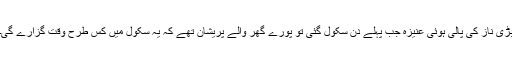
بڑی ناز کی پالی ہوئی عنیزہ جب پہلے دن سکول گئی تو پورے گھر والے پریشان تھے کہ یہ سکول میں کس طرح وقت گزارے گی۔